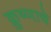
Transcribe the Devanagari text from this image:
क्रुष्णाचे